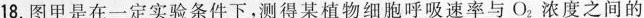
18.图甲是在一定实验条件下，测得某植物细胞呼吸速率与O_{2}浓度之间的